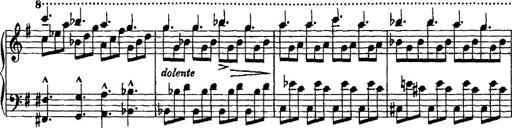
Title: Rondo di bravura
Composer: Franz Liszt